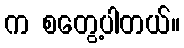
က စတွေ့ပါတယ်။